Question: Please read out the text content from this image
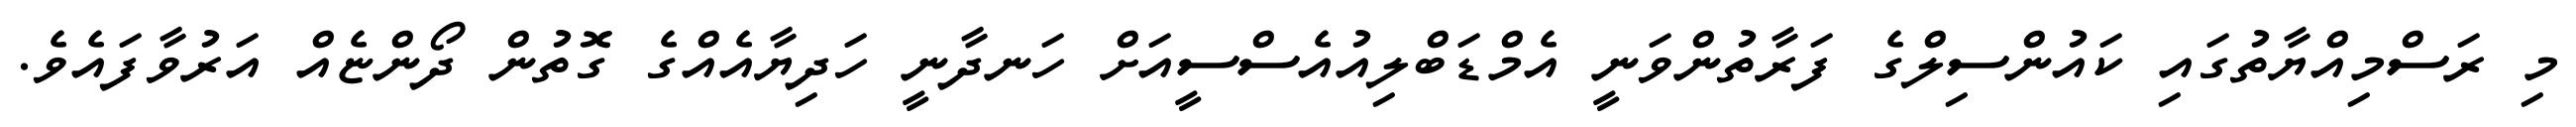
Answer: މި ރަސްމިއްޔާތުގައި ކައުންސިލްގެ ފަރާތުންވަނީ އެމްޑަބްލިއުއެސްސީއަށް ހަނދާނީ ހަދިޔާއެއްގެ ގޮތުން ދޯންޏެއް އަރުވާފައެވެ.